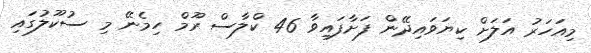
މިއަހަރު އަލަށް ކިޔަވައިދޭން ފަށާފައިވާ 46 ކްލާސް ރޫމް ހިމެނޭ މި ސުކޫލުގައި